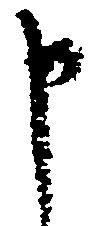
申